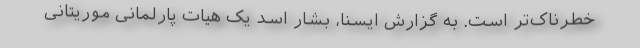
خطرناک‌تر است. به گزارش ایسنا، بشار اسد یک هیات پارلمانی موریتانی